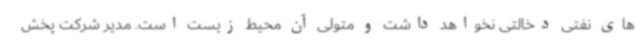
های نفتی دخالتی نخواهد داشت و متولی آن محیط زیست است. مدیر شرکت پخش